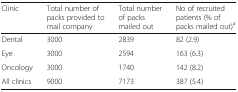
<table><thead><tr><td><b>Clinic</b></td><td><b>Total number of packs provided to mail company</b></td><td><b>Total number of packs mailed out</b></td><td><b>No of recruited patients (% of packs mailed out)<sup>a</sup></b></td></tr></thead><tbody><tr><td>Dental</td><td>3000</td><td>2839</td><td>82 (2.9)</td></tr><tr><td>Eye</td><td>3000</td><td>2594</td><td>163 (6.3)</td></tr><tr><td>Oncology</td><td>3000</td><td>1740</td><td>142 (8.2)</td></tr><tr><td>All clinics</td><td>9000</td><td>7173</td><td>387 (5.4)</td></tr></tbody></table>